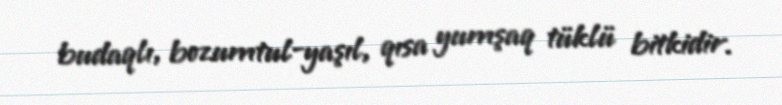
budaqlı, bozumtul-yaşıl, qısa yumşaq tüklü bitkidir.